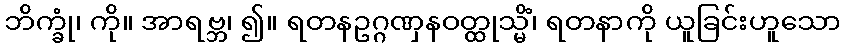
ဘိက္ခုံ၊ ကို။ အာရဗ္ဘ၊ ၍။ ရတနဥဂ္ဂဏှနဝတ္ထုသ္မိံ၊ ရတနာကို ယူခြင်းဟူသော